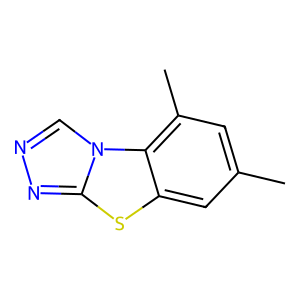
SMILES: Cc1cc(C)c2c(c1)sc1nncn12
Inhibits HIV replication: No